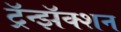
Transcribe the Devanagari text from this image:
ट्रॅन्झॅक्शन